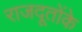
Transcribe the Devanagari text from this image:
राजदूतोंके